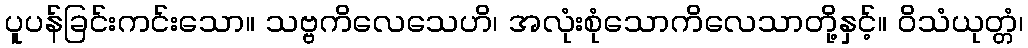
ပူပန်ခြင်းကင်းသော။ သဗ္ဗကိလေသေဟိ၊ အလုံးစုံသောကိလေသာတို့နှင့်။ ဝိသံယုတ္တံ၊